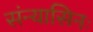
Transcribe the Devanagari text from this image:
संन्यासिनः